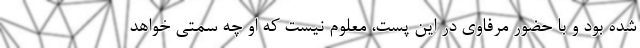
شده بود و با حضور مرفاوی در این پست، معلوم نیست که او چه سمتی خواهد